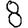
Digit: 8